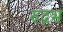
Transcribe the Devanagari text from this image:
रुद्रभ